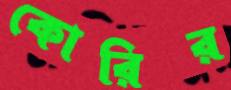
কোরির